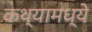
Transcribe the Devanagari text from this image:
कथ्यामध्ये